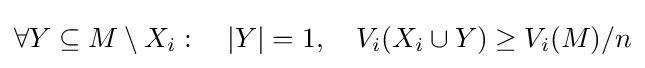
\forall Y\subseteq M\setminus X_{i}:~~~|Y|=1,~~~V_{i}(X_{i}\cup Y)\geq V_{i}(M)/n